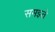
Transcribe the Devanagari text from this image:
समझ्ते